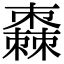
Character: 𣝯